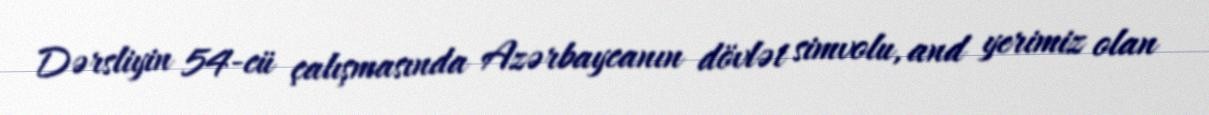
Dərsliyin 54-cü çalışmasında Azərbaycanın dövlət simvolu, and yerimiz olan